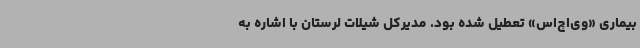
بیماری «وی‌اچ‌اس» تعطیل‌ شده بود. مدیرکل شیلات لرستان با اشاره به